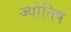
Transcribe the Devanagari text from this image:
ज्योतिष